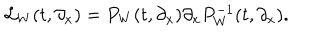
{ \cal L } _ { W } ( t , \partial _ { x } ) = P _ { W } ( t , \partial _ { x } ) \partial _ { x } P _ { W } ^ { - 1 } ( t , \partial _ { x } ) .